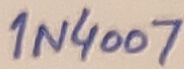
Text: 1N4007